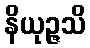
နိယုဉ္ဇသိ